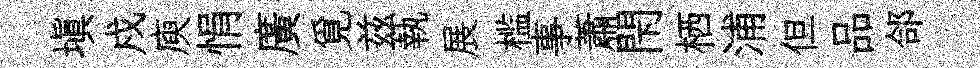
填戍庾悁廣覓兹執展槛事蕭閇栖浦但品郃